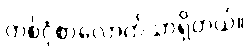
တစ်ငုံစာလောက်သာရှိတယ်။